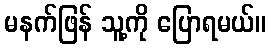
မနက်ဖြန် သူ့ကို ပြောရမယ်။